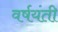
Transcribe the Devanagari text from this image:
वर्षयंती